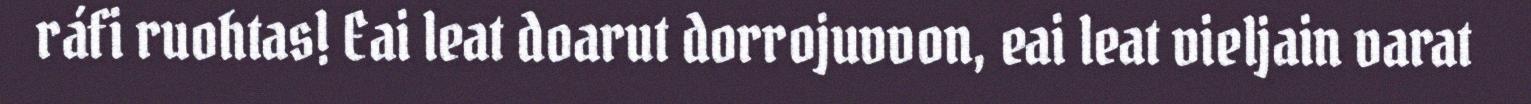
ráfi ruohtas! Eai leat doarut dorrojuvvon, eai leat vieljain varat